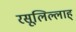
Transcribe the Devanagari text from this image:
रसूलिल्लाह्